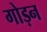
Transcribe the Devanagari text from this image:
गोड़न